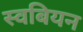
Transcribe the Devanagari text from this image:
स्वबियन